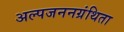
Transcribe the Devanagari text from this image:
अल्पजननग्रंथिता